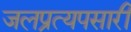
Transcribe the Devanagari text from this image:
जलप्रत्यपसारी